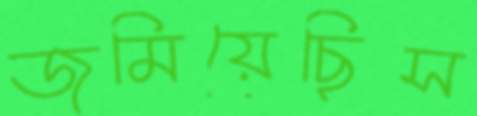
জমিয়েছিস